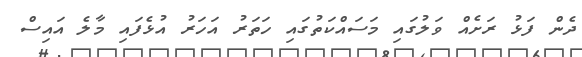
ދެން ފަޅު ރަށެއް ވަލުގައި މަސައްކަތުގައި ހަތަރު އަހަރު އުޅެފައި މާލެ އައިސް